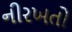
નીરખતો